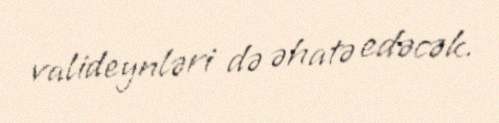
valideynləri də əhatə edəcək.